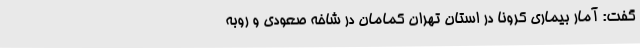
گفت: آمار بیماری کرونا در استان تهران کمامان در شاخه صعودی و روبه